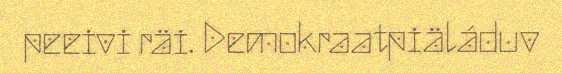
peeivi räi. Demokraatpiäláduv